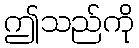
ဤသည်ကို